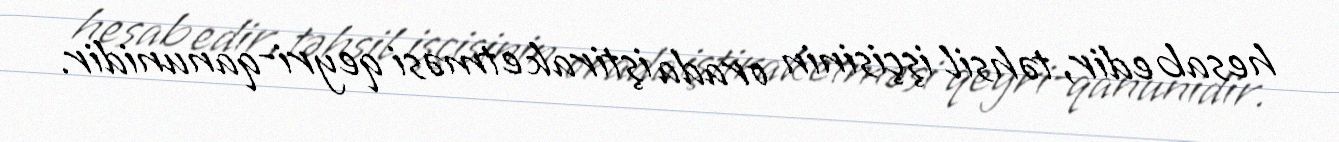
hesab edir, təhsil işçisinin orada iştirak etməsi qeyri-qanunidir.